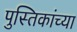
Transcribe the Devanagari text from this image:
पुस्तिकांच्‍या